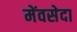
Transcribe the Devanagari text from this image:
मेंवसेदा